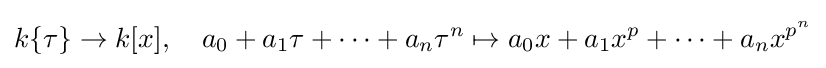
k\{\tau \}\to k[x],\quad a_{0}+a_{1}\tau +\cdots +a_{n}\tau ^{n}\mapsto a_{0}x+a_{1}x^{p}+\cdots +a_{n}x^{p^{n}}